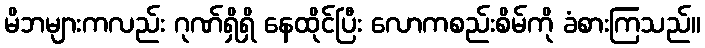
မိဘများကလည်း ဂုဏ်ရှိရှိ နေထိုင်ပြီး လောကစည်းစိမ်ကို ခံစားကြသည်။